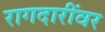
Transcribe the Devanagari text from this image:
रागदारींवर